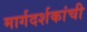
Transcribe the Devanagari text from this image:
मार्गदर्शकांची